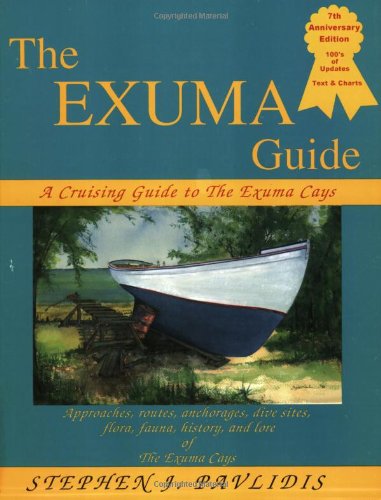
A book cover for The Exuma Guide: A Cruising Guide to the Exuma Cays : Approaches, Routes, Anchorages, Dive Sights, Flora, Fauna, History, and Lore of the Exuma Cays; Stephen J. Pavlidis; Travel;